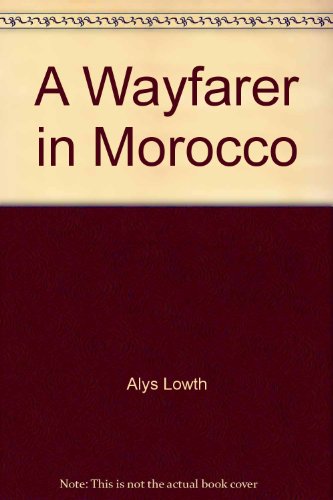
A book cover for A wayfarer in Morocco,; Alys Lowth; Travel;